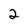
Character: 2